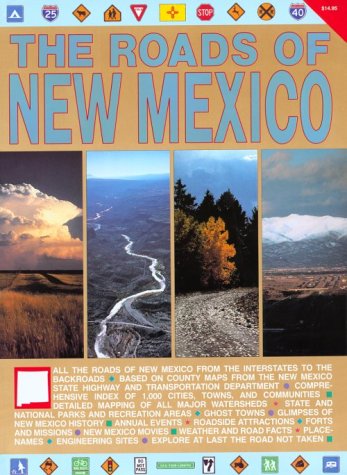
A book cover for The Roads of New Mexico; Travel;